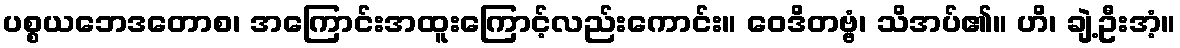
ပစ္စယဘေဒတောစ၊ အကြောင်းအထူးကြောင့်လည်းကောင်း။ ဝေဒိတဗ္ဗံ၊ သိအပ်၏။ ဟိ၊ ချဲ့ဦးအံ့။